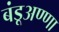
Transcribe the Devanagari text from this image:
बंडूअण्णा